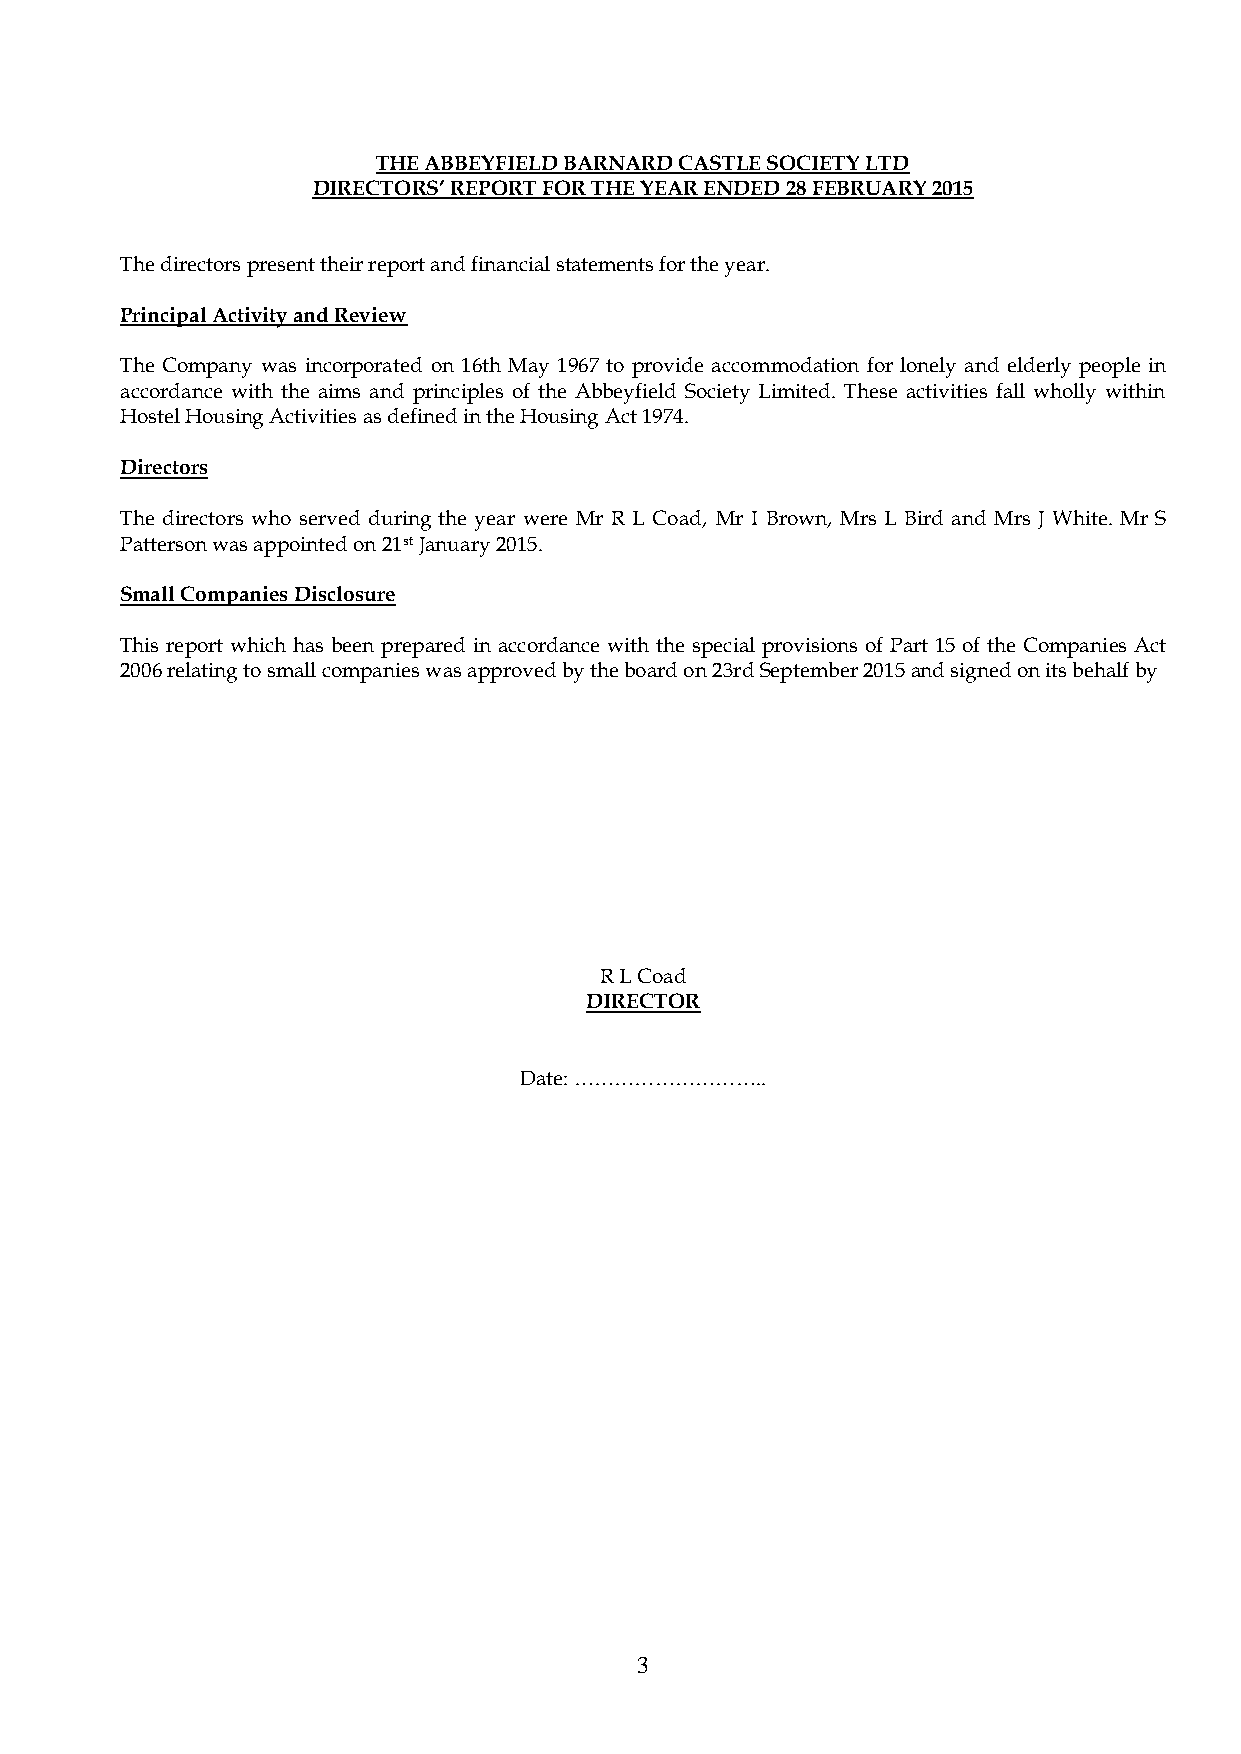
THE ABBEYFIELD BARNARD CASTLE SOCIETY LTD
 DIRECTORS’ REPORT FOR THE YEAR ENDED 28 FEBRUARY 2015
 The directors present their report and financial statements for the year.
 Principal Activity and Review
 The Company was incorporated on 16th May 1967 to provide accommodation for lonely and elderly people in
 accordance with the aims and principles of the Abbeyfield Society Limited. These activities fall wholly within
 Hostel Housing Activities as defined in the Housing Act 1974.
 Directors
 The directors who served during the year were Mr R L Coad, Mr I Brown, Mrs L Bird and Mrs J White. Mr S
 Patterson was appointed on 21st January 2015.
 Small Companies Disclosure
 This report which has been prepared in accordance with the special provisions of Part 15 of the Companies Act
 2006 relating to small companies was approved by the board on 23rd September 2015 and signed on its behalf by
 R L Coad
 DIRECTOR
 Date: ………………………..
 3